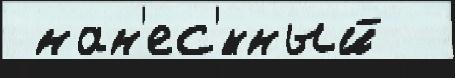
 нан'ес'́нный